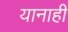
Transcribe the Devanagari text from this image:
यानाही